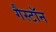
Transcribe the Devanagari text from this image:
गैस्टॉन